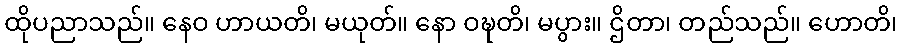
ထိုပညာသည်။ နေဝ ဟာယတိ၊ မယုတ်။ နော ဝဍ္ဎတိ၊ မပွား။ ဌိတာ၊ တည်သည်။ ဟောတိ၊